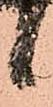
候